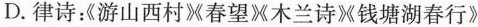
D.律诗：《游山西村春望X木兰诗钱塘湖春行》